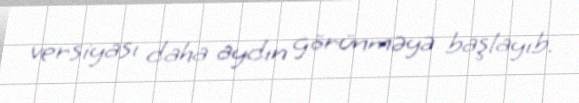
versiyası daha aydın görünməyə başlayıb.